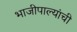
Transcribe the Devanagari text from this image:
भाजीपाल्यांची